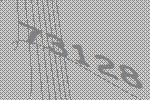
73128